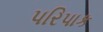
પરિપાક